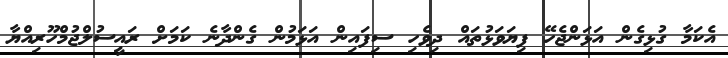
އެކަމާ ގުޅިގެން އަޅަންޖެހޭ ފިޔަވަޅުތައް ދިވެހި ސިފައިން އަޅަމުން ގެންދާނެ ކަމަށް ރައީސުލްޖުމްހޫރިއްޔާ